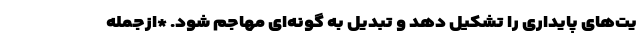
یت‌های پایداری را تشکیل دهد و تبدیل به گونه‌ای مهاجم شود. *ازجمله